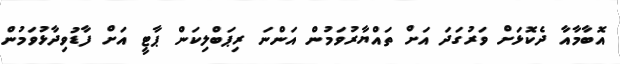
އޮބާމާއާ ދެކޮޅަށް ވަރުގަދަ އަށް ތައްޔާރުވަމުން އަންނަ ރިޕަބްލިކަން ޕާޓީ އަށް ފާޑުވިދާޅުވަމުން